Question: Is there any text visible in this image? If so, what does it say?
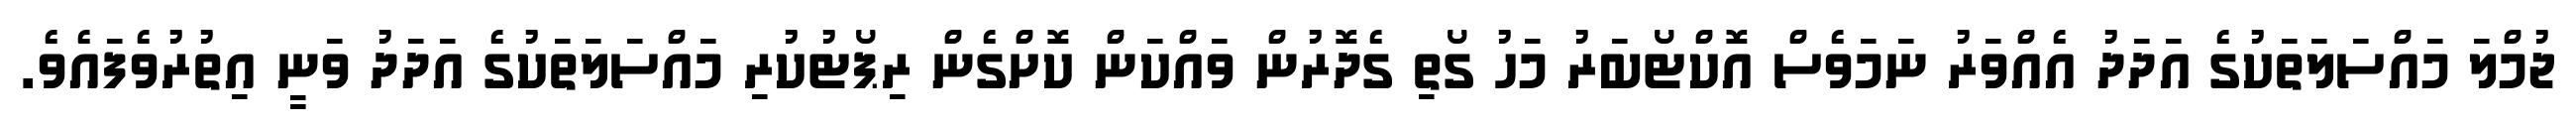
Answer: ޖުމްލަ މައްސަލަތަކުގެ އަދަދު އެއްވަރު ނަމަވެސް އޮކްޓޯބަރު މަހު ގޯތި ގެދޮރުން ވައްކަން ކޮށްގެން ރިޕޯޓުކުރި މައްސަލަތަކުގެ އަދަދު ވަނީ އިތުރުވެފައެވެ.